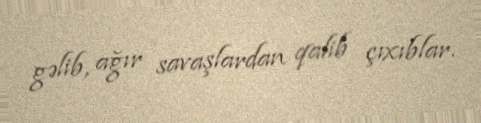
gəlib, ağır savaşlardan qalib çıxıblar.